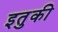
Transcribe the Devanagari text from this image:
इतुकी